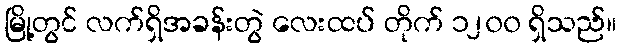
မြို့တွင် လက်ရှိအခန်းတွဲ လေးထပ် တိုက် ၁၂၀၀ ရှိသည်။